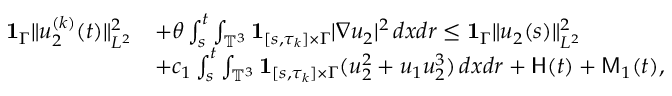
\begin{array} { r l } { { { \bf 1 } } _ { \Gamma } \| u _ { 2 } ^ { ( k ) } ( t ) \| _ { L ^ { 2 } } ^ { 2 } } & { + \theta \int _ { s } ^ { t } \int _ { \mathbb { T } ^ { 3 } } { { \bf 1 } } _ { [ s , \tau _ { k } ] \times \Gamma } | \nabla u _ { 2 } | ^ { 2 } \, d x d r \leq { { \bf 1 } } _ { \Gamma } \| u _ { 2 } ( s ) \| _ { L ^ { 2 } } ^ { 2 } } \\ & { + c _ { 1 } \int _ { s } ^ { t } \int _ { \mathbb { T } ^ { 3 } } { { \bf 1 } } _ { [ s , \tau _ { k } ] \times \Gamma } ( u _ { 2 } ^ { 2 } + u _ { 1 } u _ { 2 } ^ { 3 } ) \, d x d r + \mathsf { H } ( t ) + \mathsf { M } _ { 1 } ( t ) , } \end{array}